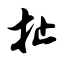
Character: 扯